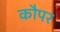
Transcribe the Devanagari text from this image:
कौपर